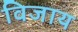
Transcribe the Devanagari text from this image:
विजाय